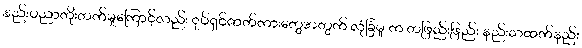
နည်းပညာတိုးတက်မှုကြောင့်လည်း ရုပ်ရှင်ဇာတ်ကားတွေအတွက် လုံခြံမှု က တဖြည်းဖြည်း နည်းသထက်နည်း